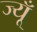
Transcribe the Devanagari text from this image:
ज्यूँ